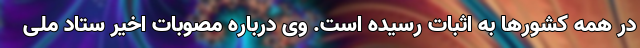
در همه کشورها به اثبات رسیده است. وی درباره مصوبات اخیر ستاد ملی